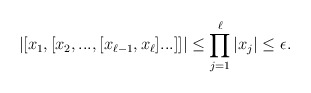
\begin{align*} |[x_1,[x_2,...,[x_{\ell-1},x_\ell]...]]| \leq \prod_{j=1}^\ell |x_j| \leq \epsilon. \end{align*}